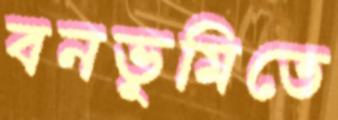
বনভূমিতে